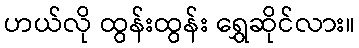
ဟယ်လို ထွန်းထွန်း ရွှေဆိုင်လား။